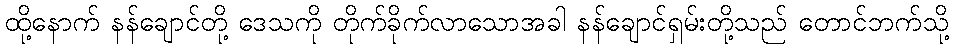
ထို့နောက် နန်ချောင်တို့ ဒေသကို တိုက်ခိုက်လာသောအခါ နန်ချောင်ရှမ်းတို့သည် တောင်ဘက်သို့